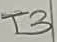
Text: T3